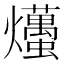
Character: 爡